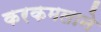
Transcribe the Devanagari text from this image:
करकमलाने